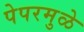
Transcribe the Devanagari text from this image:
पेपरमुळे